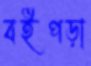
বইপড়া